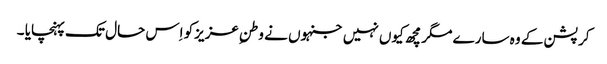
کرپشن کے وہ سارے مگرمچھ کیوں نہیں جنہوں نے وطنِ عزیزکو اِس حال تک پہنچایا ۔